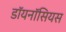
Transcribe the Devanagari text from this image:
डॉयनॉसियस